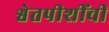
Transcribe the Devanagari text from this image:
श्वेतपीशींची